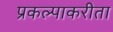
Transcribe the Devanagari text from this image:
प्रकल्पाकरीता